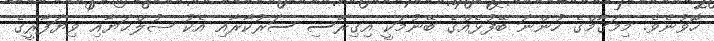
ހޮވުނެވެ. މިމަގާމްގެ ހުންނަ ބޭފުޅެއްގެ ބޭނުމަކީ އިގިރޭސި ސަރުކާރާއި އެކު ޞުލްޙަޔާއި ވިޔަފާރީގެ